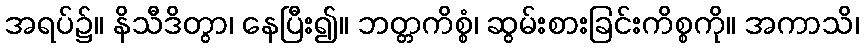
အရပ်၌။ နိသီဒိတွာ၊ နေပြီး၍။ ဘတ္တကိစ္စံ၊ ဆွမ်းစားခြင်းကိစ္စကို။ အကာသိ၊